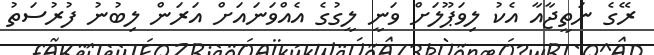
ރޭގެ ނަތީޖާއާ އެކު ލިވަޕޫލަށް ވަނީ ލީގުގެ އެއްވަނައަށް އަރަން ލިބުނު ފުރުސަތު